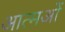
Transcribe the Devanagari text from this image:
आत्मओं